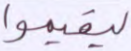
ليقيموا